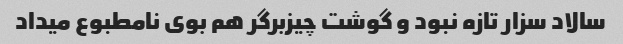
سالاد سزار تازه نبود و گوشت چیزبرگر هم بوی نامطبوع میداد